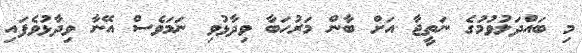
މި ބައްދަލުވުމުގެ ނަތީޖާ އަށް ބާން މަރުހަބާ ވިދާޅުވި ނަމަވެސް އޭނާ ވިދާޅުވެފައި